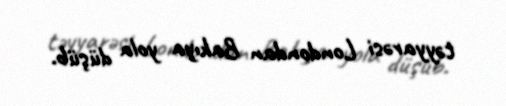
təyyarəsi Londondan Bakıya yola düşüb.